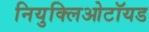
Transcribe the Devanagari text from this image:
नियुक्लिओटॉयड